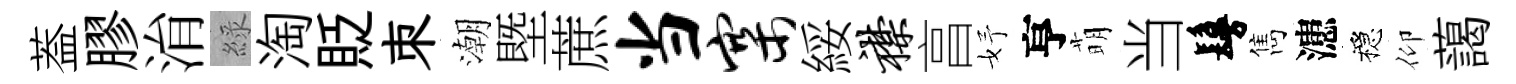
葢膠㳙綠淘貶朿潮塈蔗当寨綏襟亯妤亨萌当鬘雋漶穩仰藹